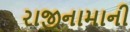
રાજીનામાની